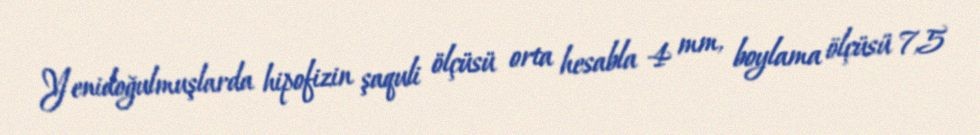
Yenidoğulmuşlarda hipofizin şaquli ölçüsü orta hesabla 4 mm, boylama ölçüsü 7,5